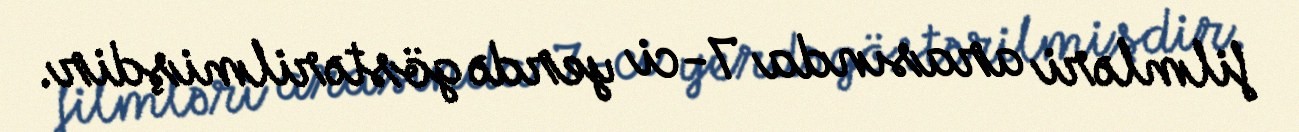
filmləri arasında 7-ci yerdə göstərilmişdir.